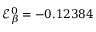
\mathcal { E } _ { \beta } ^ { 0 } = - 0 . 1 2 3 8 4